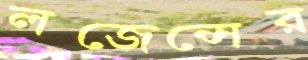
লজেন্সের